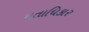
મતાધિકાર